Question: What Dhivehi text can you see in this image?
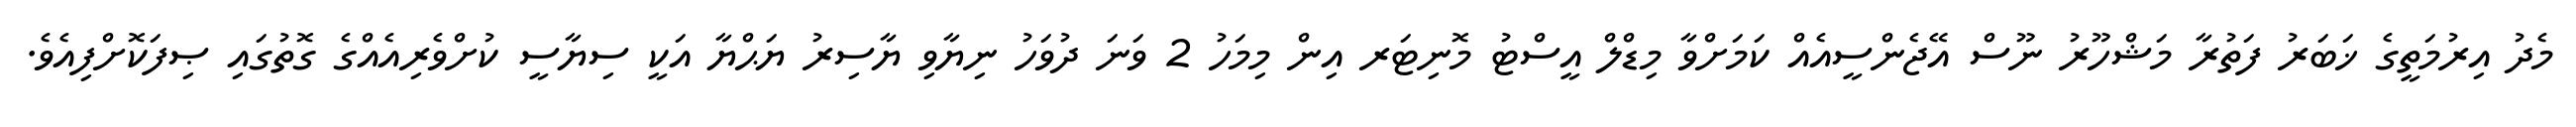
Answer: މެދު އިރުމަތީގެ ޚަބަރު ފަތުރާ މަޝްހޫރު ނޫސް އޭޖެންސީއެއް ކަމަށްވާ މިޑްލް އީސްޓު މޮނިޓަރ އިން މިމަހު 2 ވަނަ ދުވަހު ނިޔާވި ޔާސިރު ޔަޙްޔާ އަކީ ސިޔާސީ ކުށްވެރިއެއްގެ ގޮތުގައި ޞިފަކޮށްފިއެވެ.